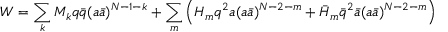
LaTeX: W = \sum _ { k } M _ { k } q \bar { q } ( a \bar { a } ) ^ { N - 1 - k } + \sum _ { m } \Big ( H _ { m } q ^ { 2 } a ( a \bar { a } ) ^ { N - 2 - m } + \bar { H } _ { m } \bar { q } ^ { 2 } \bar { a } ( a \bar { a } ) ^ { N - 2 - m } \Big )